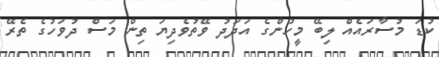
ކުޑަ މުސާރައެއް ލިބޭ މީހުންގެ އަދަދު ވޭތުވެދިޔަ ތިން މަސް ދުވަހުގެ ތެރޭ